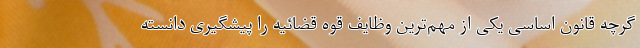
گرچه قانون اساسی یکی از مهم‌ترین وظایف قوه قضائیه را پیشگیری دانسته